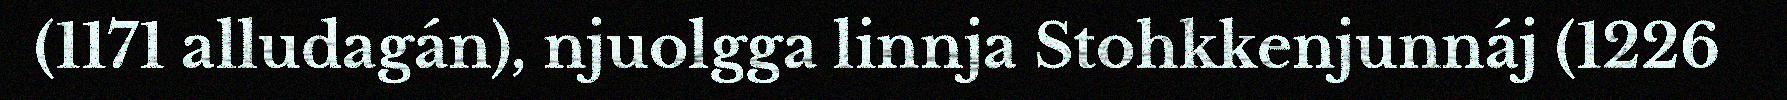
(1171 alludagán), njuolgga linnja Stohkkenjunnáj (1226